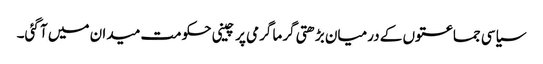
سیاسی جماعتوں کے درمیان بڑھتی گرما گرمی پر چینی حکومت میدان میں آ گئی۔